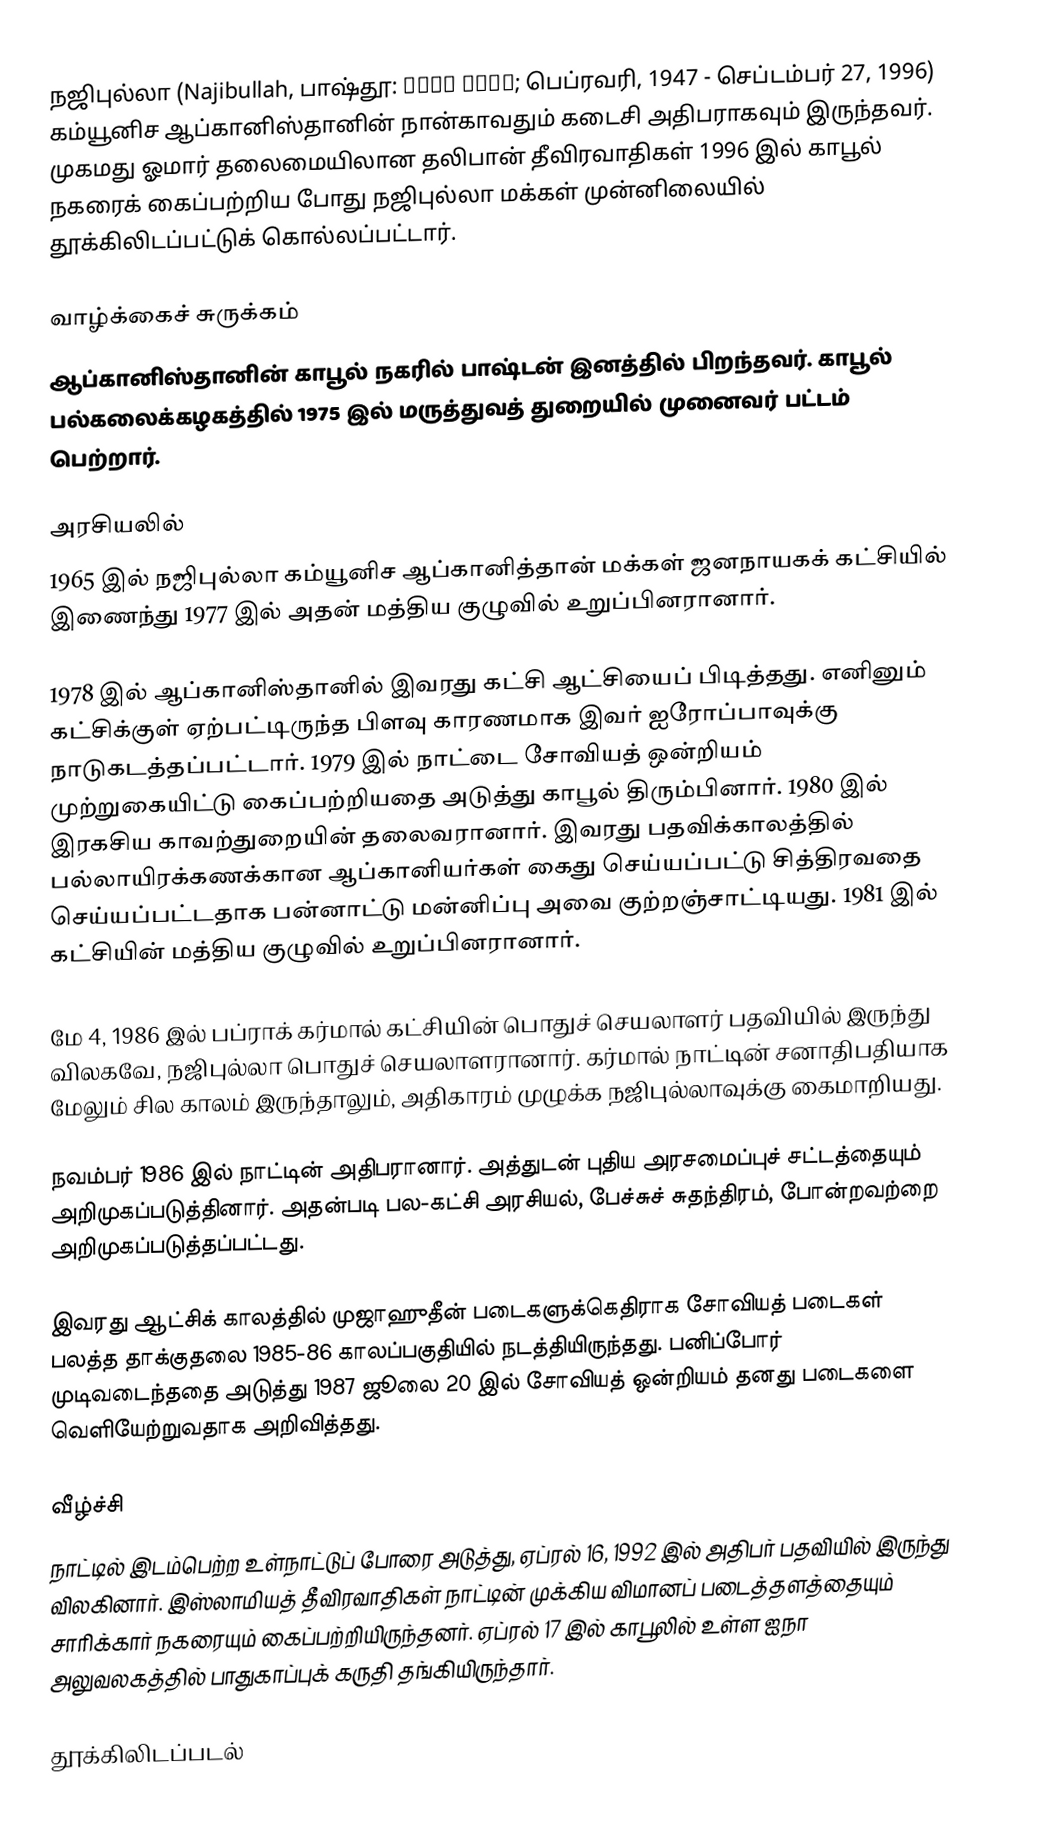
நஜிபுல்லா (Najibullah, பாஷ்தூ:  نجيب الله; பெப்ரவரி, 1947 - செப்டம்பர் 27, 1996) கம்யூனிச ஆப்கானிஸ்தானின் நான்காவதும் கடைசி அதிபராகவும் இருந்தவர். முகமது ஓமார் தலைமையிலான தலிபான் தீவிரவாதிகள் 1996 இல் காபூல் நகரைக் கைப்பற்றிய போது நஜிபுல்லா மக்கள் முன்னிலையில் தூக்கிலிடப்பட்டுக் கொல்லப்பட்டார்.

வாழ்க்கைச் சுருக்கம்
ஆப்கானிஸ்தானின் காபூல் நகரில் பாஷ்டன் இனத்தில் பிறந்தவர். காபூல் பல்கலைக்கழகத்தில் 1975 இல் மருத்துவத் துறையில் முனைவர் பட்டம் பெற்றார்.

அரசியலில்
1965 இல் நஜிபுல்லா கம்யூனிச ஆப்கானித்தான் மக்கள் ஜனநாயகக் கட்சியில் இணைந்து 1977 இல் அதன் மத்திய குழுவில் உறுப்பினரானார்.

1978 இல் ஆப்கானிஸ்தானில் இவரது கட்சி ஆட்சியைப் பிடித்தது. எனினும் கட்சிக்குள் ஏற்பட்டிருந்த பிளவு காரணமாக இவர் ஐரோப்பாவுக்கு நாடுகடத்தப்பட்டார். 1979 இல் நாட்டை சோவியத் ஒன்றியம் முற்றுகையிட்டு கைப்பற்றியதை அடுத்து காபூல் திரும்பினார். 1980 இல் இரகசிய காவற்துறையின் தலைவரானார். இவரது பதவிக்காலத்தில் பல்லாயிரக்கணக்கான ஆப்கானியர்கள் கைது செய்யப்பட்டு சித்திரவதை செய்யப்பட்டதாக பன்னாட்டு மன்னிப்பு அவை குற்றஞ்சாட்டியது. 1981 இல் கட்சியின் மத்திய குழுவில் உறுப்பினரானார்.

மே 4, 1986 இல் பப்ராக் கர்மால் கட்சியின் பொதுச் செயலாளர் பதவியில் இருந்து விலகவே, நஜிபுல்லா பொதுச் செயலாளரானார். கர்மால் நாட்டின் சனாதிபதியாக மேலும் சில காலம் இருந்தாலும், அதிகாரம் முழுக்க நஜிபுல்லாவுக்கு கைமாறியது.

நவம்பர் 1986 இல் நாட்டின் அதிபரானார். அத்துடன் புதிய அரசமைப்புச் சட்டத்தையும் அறிமுகப்படுத்தினார். அதன்படி பல-கட்சி அரசியல், பேச்சுச் சுதந்திரம், போன்றவற்றை அறிமுகப்படுத்தப்பட்டது.

இவரது ஆட்சிக் காலத்தில் முஜாஹுதீன் படைகளுக்கெதிராக சோவியத் படைகள் பலத்த தாக்குதலை 1985-86 காலப்பகுதியில் நடத்தியிருந்தது. பனிப்போர் முடிவடைந்ததை அடுத்து 1987 ஜூலை 20 இல் சோவியத் ஒன்றியம் தனது படைகளை வெளியேற்றுவதாக அறிவித்தது.

வீழ்ச்சி
நாட்டில் இடம்பெற்ற உள்நாட்டுப் போரை அடுத்து, ஏப்ரல் 16, 1992 இல் அதிபர் பதவியில் இருந்து விலகினார். இஸ்லாமியத் தீவிரவாதிகள் நாட்டின் முக்கிய விமானப் படைத்தளத்தையும் சாரிக்கார் நகரையும் கைப்பற்றியிருந்தனர். ஏப்ரல் 17 இல் காபூலில் உள்ள ஐநா அலுவலகத்தில் பாதுகாப்புக் கருதி தங்கியிருந்தார்.

தூக்கிலிடப்படல்